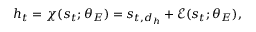
h _ { t } = \chi ( s _ { t } ; \theta _ { E } ) = s _ { t , d _ { h } } + \mathcal { E } ( s _ { t } ; \theta _ { E } ) ,